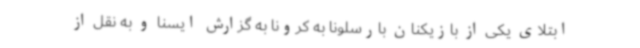
ابتلای یکی از بازیکنان بارسلونا به کرونا به گزارش ایسنا و به نقل از